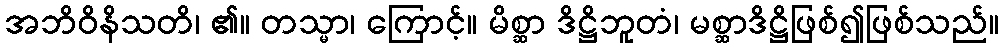
အဘိဝိနိသတိ၊ ၏။ တသ္မာ၊ ကြောင့်။ မိစ္ဆာ ဒိဋ္ဌိဘူတံ၊ မစ္ဆာဒိဋ္ဌိဖြစ်၍ဖြစ်သည်။